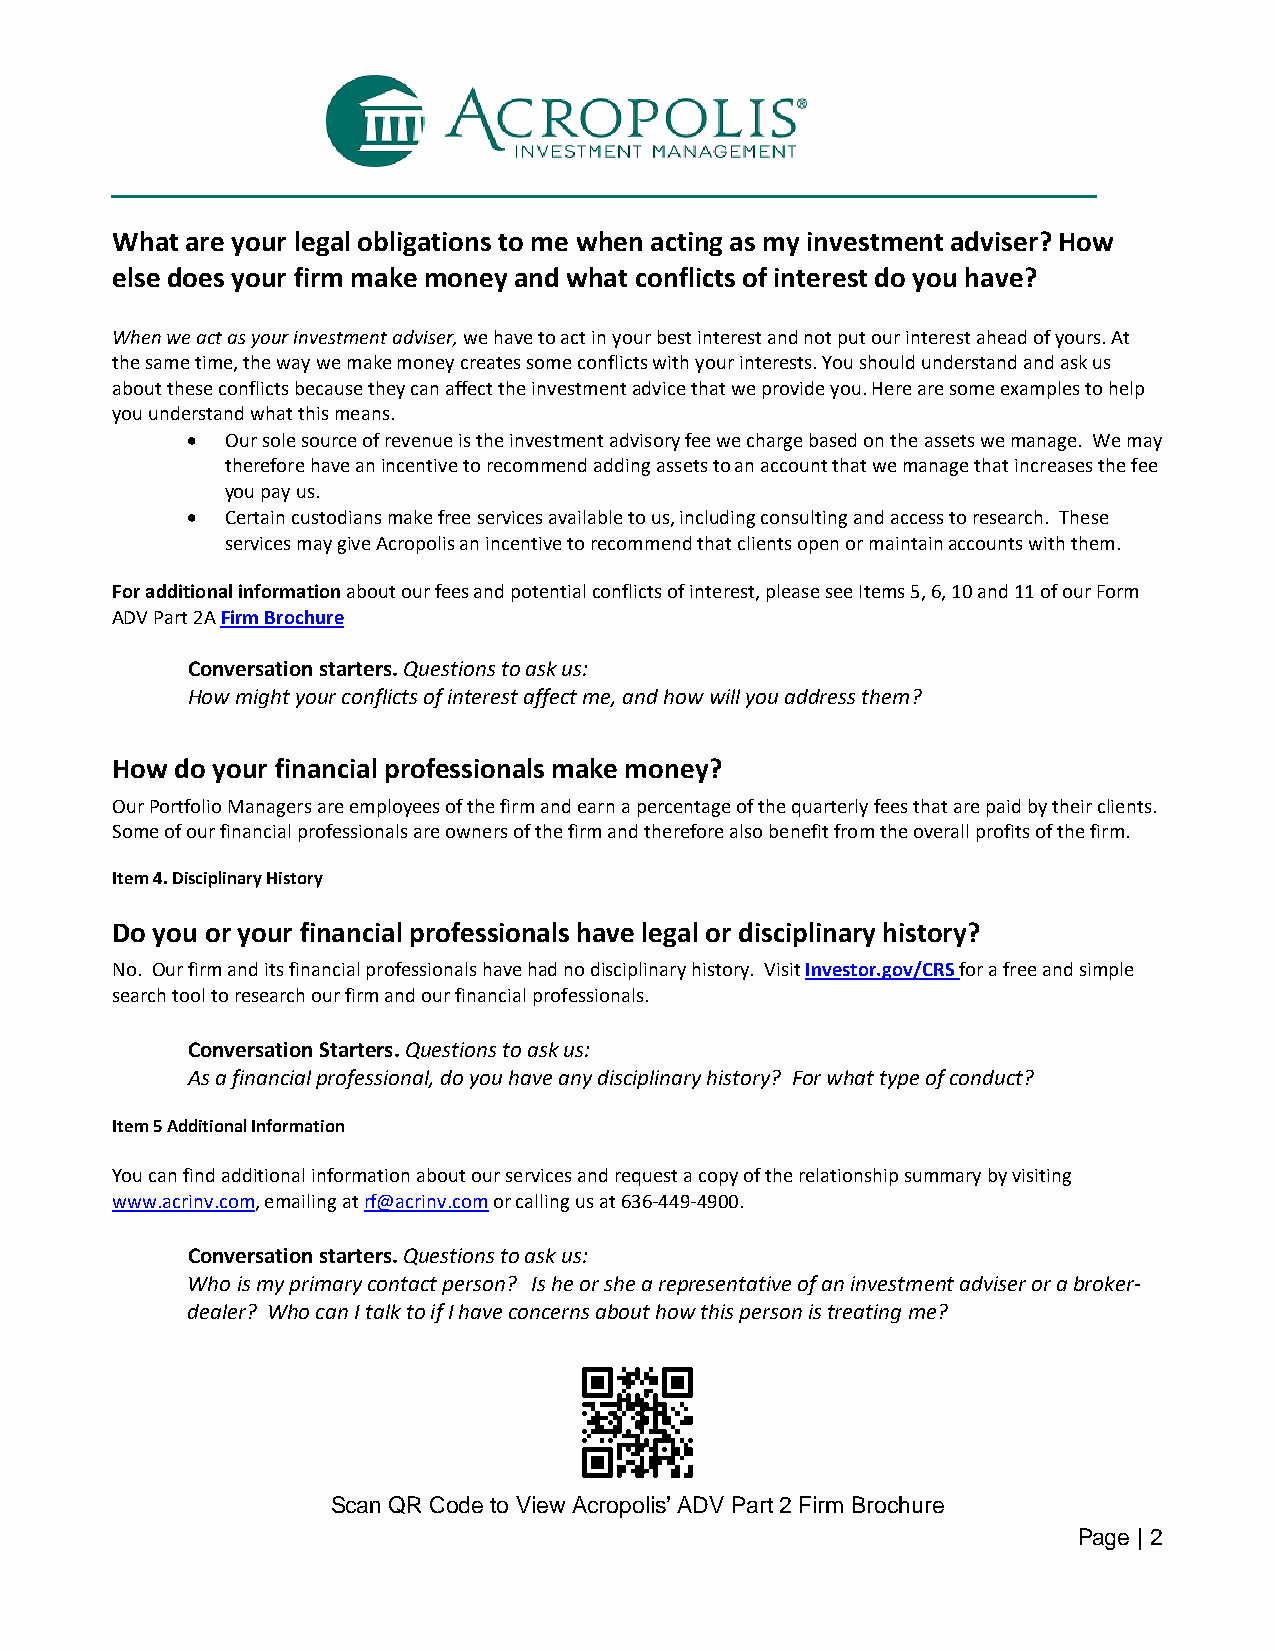
What are your legal obligations to me when acting as my investment adviser? How
 else does your firm make money and what conflicts of interest do you have?
 When we act as your investment adviser, we have to act in your best interest and not put our interest ahead of yours. At
 the same time, the way we make money creates some conflicts with your interests. You should understand and ask us
 about these conflicts because they can affect the investment advice that we provide you. Here are some examples to help
 you understand what this means.
 •  Our sole source of revenue is the investment advisory fee we charge based on the assets we manage. We may
 therefore have an incentive to recommend adding assets to an account that we manage that increases the fee
 you pay us.
 •  Certain custodians make free services available to us, including consulting and access to research. These
 services may give Acropolis an incentive to recommend that clients open or maintain accounts with them.
 For additional information about our fees and potential conflicts of interest, please see Items 5, 6, 10 and 11 of our Form
 ADV Part 2A Firm Brochure
 Conversation starters. Questions to ask us:
 How might your conflicts of interest affect me, and how will you address them?
 How  do your financial professionals make money?
 Our Portfolio Managers are employees of the firm and earn a percentage of the quarterly fees that are paid by their clients.
 Some of our financial professionals are owners of the firm and therefore also benefit from the overall profits of the firm.
 Item 4. Disciplinary History
 Do you or your financial professionals have legal or disciplinary history?
 No. Our firm and its financial professionals have had no disciplinary history. Visit Investor.gov/CRS for a free and simple
 search tool to research our firm and our financial professionals.
 Conversation Starters. Questions to ask us:
 As a financial professional, do you have any disciplinary history? For what type of conduct?
 Item 5 Additional Information
 You can find additional information about our services and request a copy of the relationship summary by visiting
 www.acrinv.com, emailing at rf@acrinv.com or calling us at 636-449-4900.
 Conversation starters. Questions to ask us:
 Who is my primary contact person? Is he or she a representative of an investment adviser or a broker-
 dealer? Who can I talk to if I have concerns about how this person is treating me?
 Scan QR Code to View Acropolis’ ADV Part 2 Firm Brochure
 Page | 2